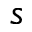
s